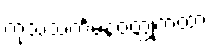
ကုသသင်္ကမနဝတ္ထုကထာ